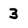
Character: 3